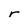
Character: r